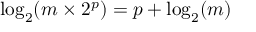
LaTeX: \log _ { 2 } ( m \times 2 ^ { p } ) = p + \log _ { 2 } ( m )